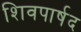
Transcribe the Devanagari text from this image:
शिवपार्षद